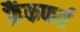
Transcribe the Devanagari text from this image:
फ्रैंकफर्त